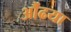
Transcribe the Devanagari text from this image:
औंढया